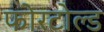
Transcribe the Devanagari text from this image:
फोरटोल्‍ड